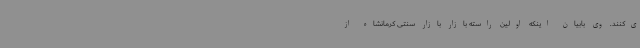
ی‌کنند. وی بابیان اینکه اولین راسته بازار بازار سنتی کرمانشاه از